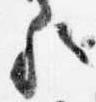
歟